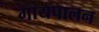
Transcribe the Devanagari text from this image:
गायपालन